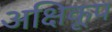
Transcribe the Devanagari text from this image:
अक्षिकूप